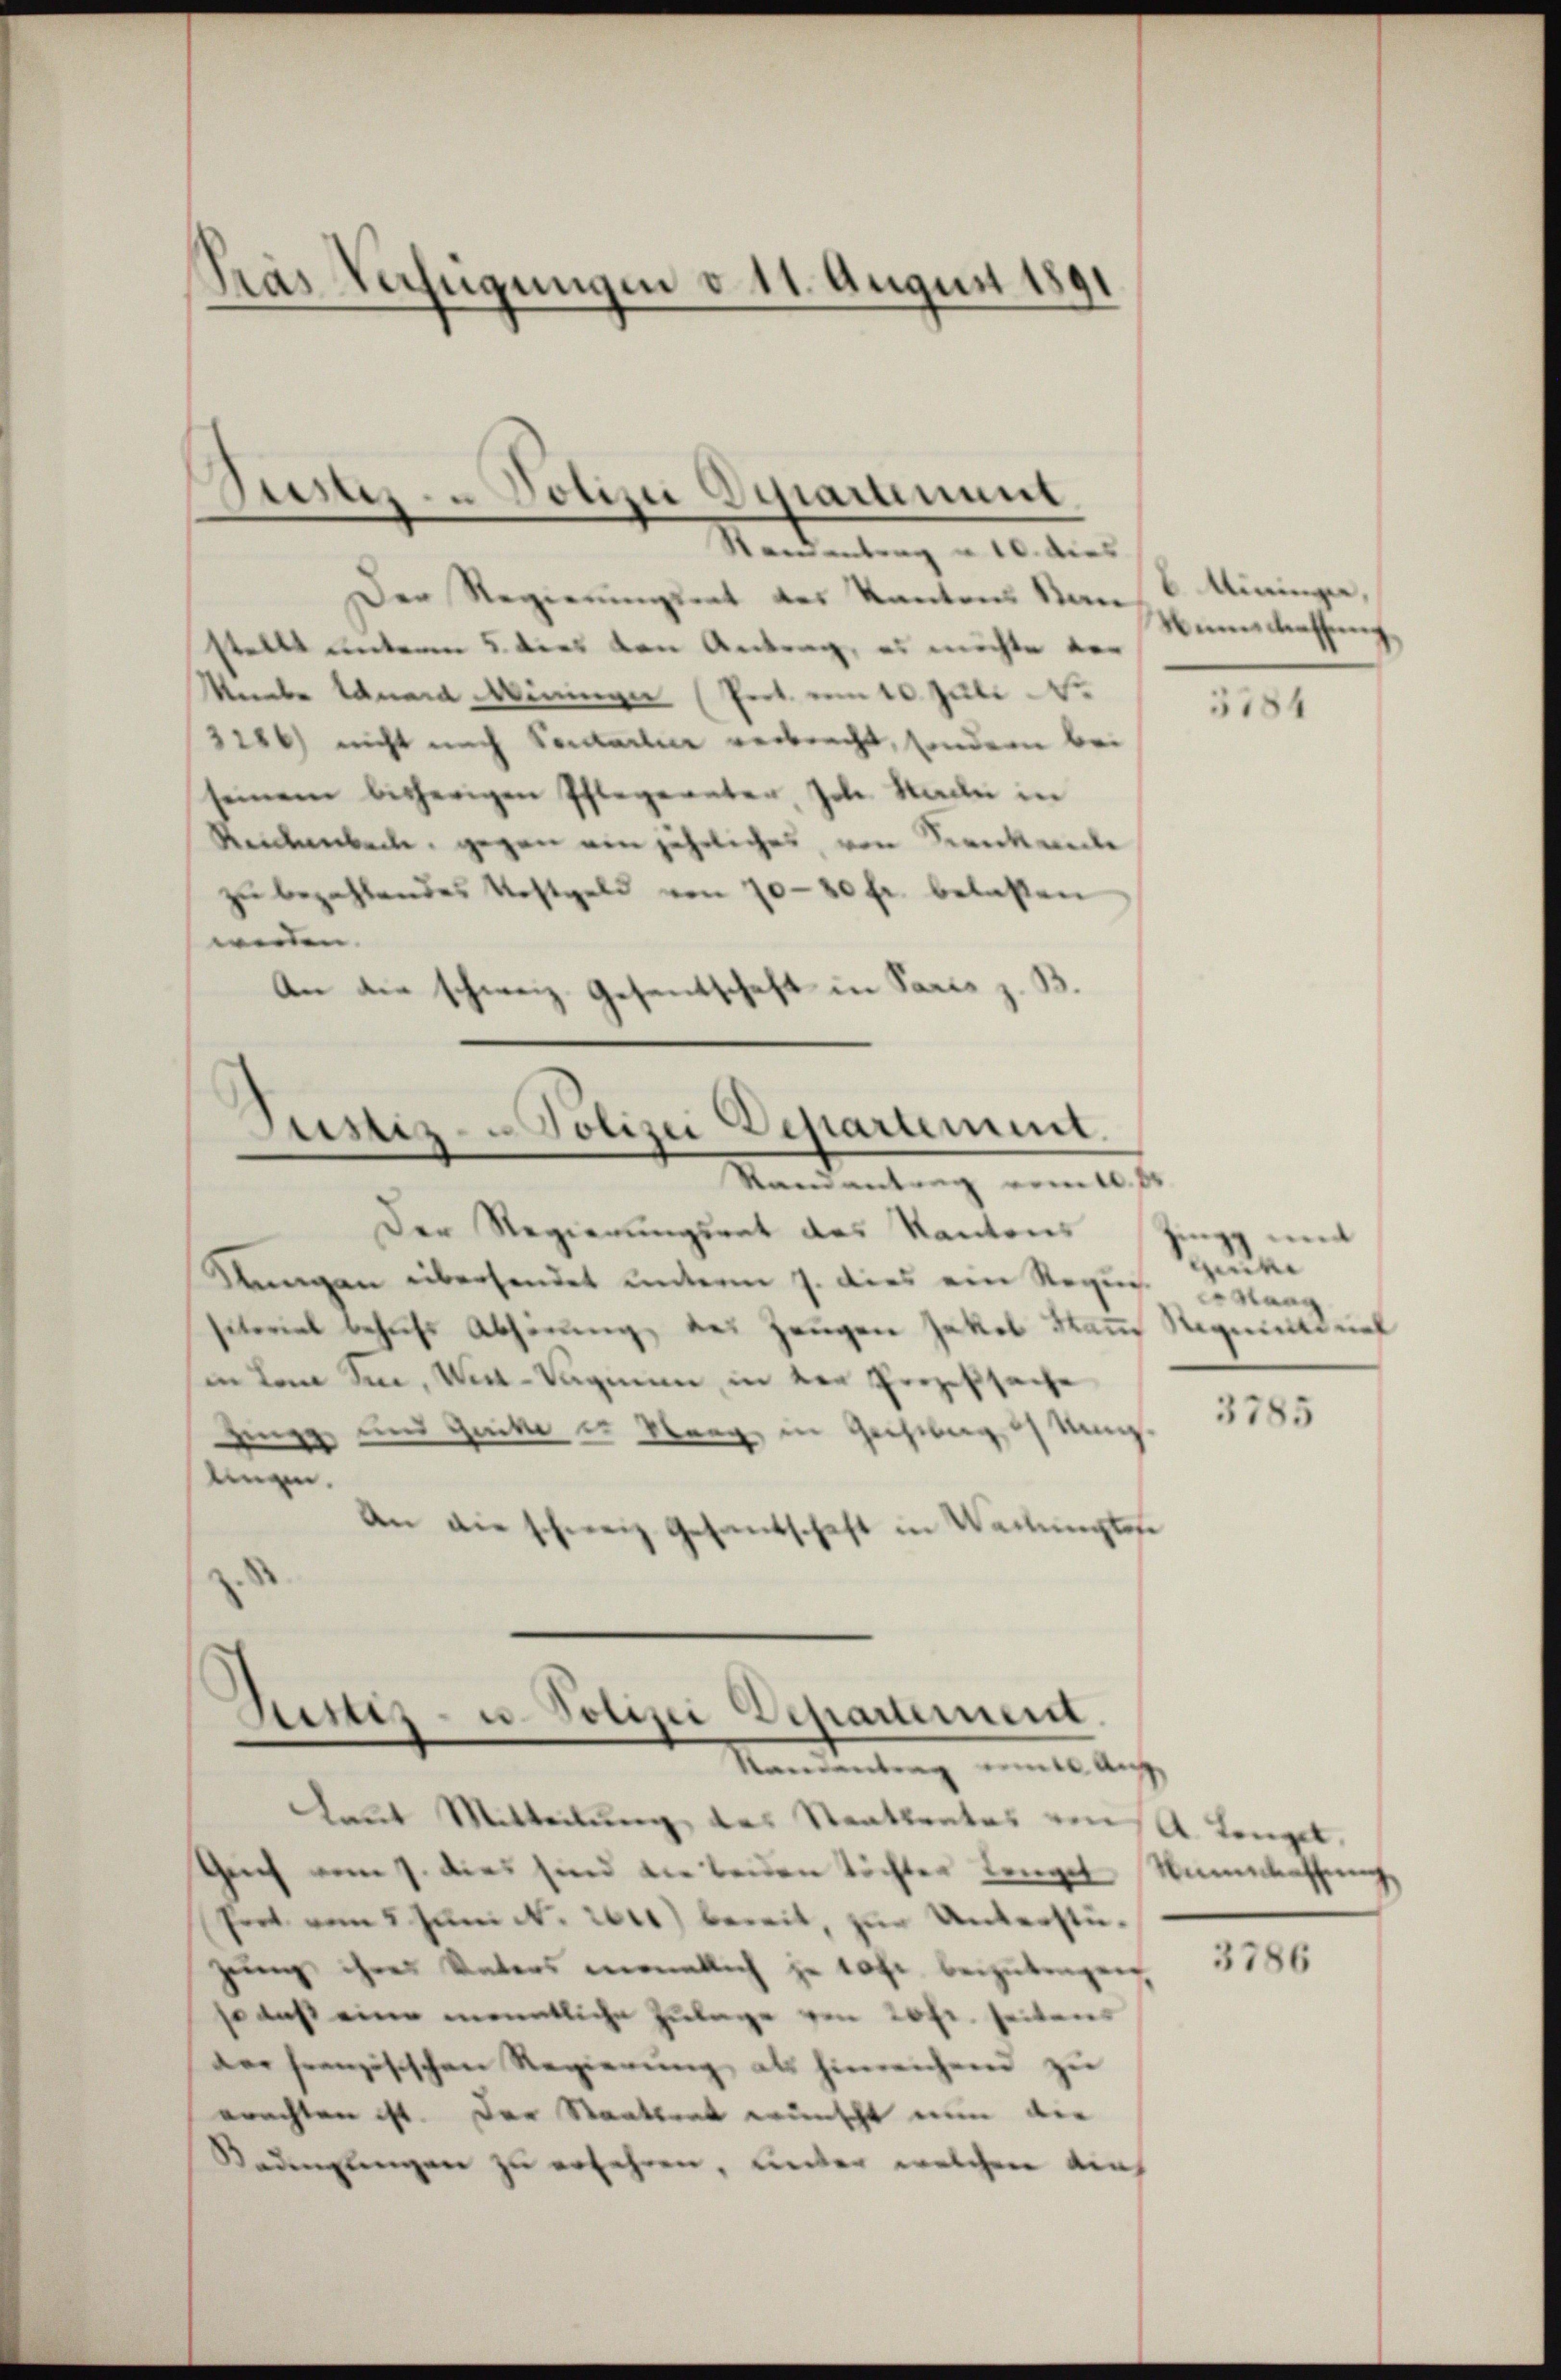
Pras Verfügungen d. 11. August 1891

Der Regierungsrat des Kantons San Mininger,
stellt unterm 5. dies von Antrag, es möchte vor
Maabe danara Wininger (Pert. vom 10. Juli N.
3186) nicht nach Ventarlier verbrecht, sondern bei
seinem bisherigen Pflegerater, Joh. Stade in
Reichenbach, gegen ein jährliches, von Sienkande
zŭ bezahlendes Kostgeld von 10-20 fr. belasten
werden. |
An die schweiz. Gesantschaft in Paris z. B

Justiz- & Polizei Departement
Standentrag u. 10. dies

Justiz- & Polizei Departement.
Standantung vom 10. ds

Sistiz- u. Polizei Departement.
Randentrag eine Auf

Nunschaffen

Der Regierungsrat des Kantons
Sungen übersendet unterm 7. dies ein Requi
sitorial behufs Abhörung des Zeugen Jakob Kam Requatorial
in dem Sinn, Unt-Tagman, in der Prozeßsache
Zingg und Gucke zu Sarg, in Gechiburg i. Mang
lingen.
An die schweiz. Gesandtschaft in Wallingtose
.

dlaut Mitteilung des Staatsrates eins Langel
Gich vom 7. dies sind die beiden Töchter Langel Namelassŭng
Pert vom 5. Jŭni N. 2041) bereit, zur Unterstüzung ihres Vaters monatlich je 10 Fr. beizutragen
so daß eine monatliche Zulage von 20 fr. seitens
der französischen Regierŭng als hinreichend zŭ
erachten ist. Der Staatsert wünscht nun der
Kadingungen zu erfahren, unter welchen ainh

3184

n
guit
g

3785

3786